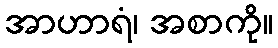
အာဟာရံ၊ အစာကို။